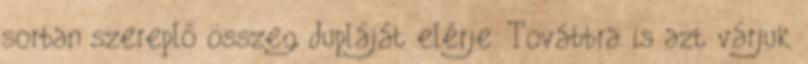
sorban szereplő összeg dupláját elérje. Továbbra is azt várjuk